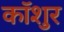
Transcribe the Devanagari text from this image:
कॉशुर